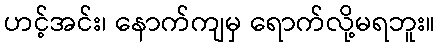
ဟင့်အင်း၊ နောက်ကျမှ ရောက်လို့မရဘူး။